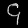
Digit: ၄